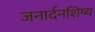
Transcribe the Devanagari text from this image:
जनार्दनशिष्य